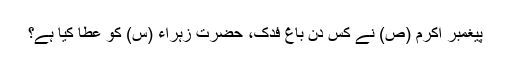
پیغمبر اکرم (ص) نے کس دن باغ فدک، حضرت زہراء (س) کو عطا کیا ہے؟